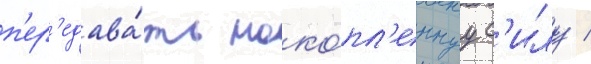
п'ер'едава́ть нако́пл'еннуу с'илу /